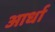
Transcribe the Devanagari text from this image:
आर्धा